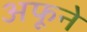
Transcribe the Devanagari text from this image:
अफूने